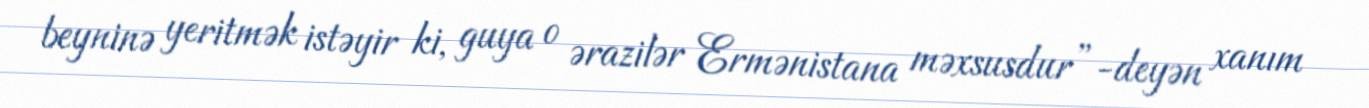
beyninə yeritmək istəyir ki, guya o ərazilər Ermənistana məxsusdur”-deyən xanım